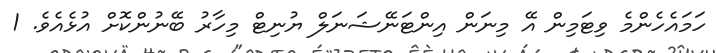
ހަމައެހެންމެ ވިޓަމިން އޭ މިނަން އިންޓަނޭޝަނަލް ޔުނިޓް މިހާރު ބޭނުންކޮށް އުޅެއެވެ. 1